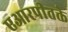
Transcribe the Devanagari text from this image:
एआरपीतक्ते